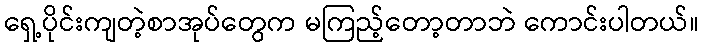
ရှေ့ပိုင်းကျတဲ့စာအုပ်တွေက မကြည့်တော့တာဘဲ ကောင်းပါတယ်။